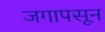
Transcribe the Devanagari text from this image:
जगापसून